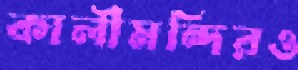
কালীমন্দিরও